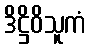
ဒိဋ္ဌိဝိသူကံ